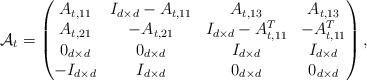
LaTeX: \begin{align*}\mathcal{A}_t=\begin{pmatrix}A_{t,11} & I_{d\times d}-A_{t,11} & A_{t,13} & A_{t,13}\\A_{t,21} & -A_{t,21} & I_{d\times d}-A_{t,11}^T & -A_{t,11}^T\\0_{d\times d} & 0_{d\times d} & I_{d\times d} & I_{d\times d}\\-I_{d\times d} & I_{d\times d} & 0_{d\times d} & 0_{d\times d}\end{pmatrix},\end{align*}